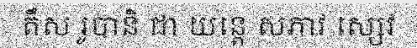
តឹស រូបានិ ជា យន្តេ សភាវ ស្សេវ